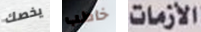
يخصك خاطب الأزمات